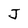
Character: J